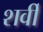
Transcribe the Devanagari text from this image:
शर्वी